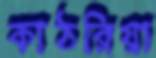
কাঠরিয়া